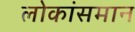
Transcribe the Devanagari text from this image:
लोकांसमान